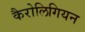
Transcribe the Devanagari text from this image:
कैरोलिगियन